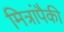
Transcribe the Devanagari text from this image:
मित्रांपैकी